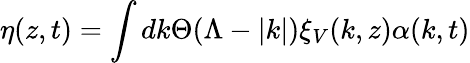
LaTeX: \eta(z,t)=\int dk\Theta(\Lambda-|k|)\xi_{V}(k,z)\alpha(k,t)